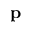
{ \bf p }